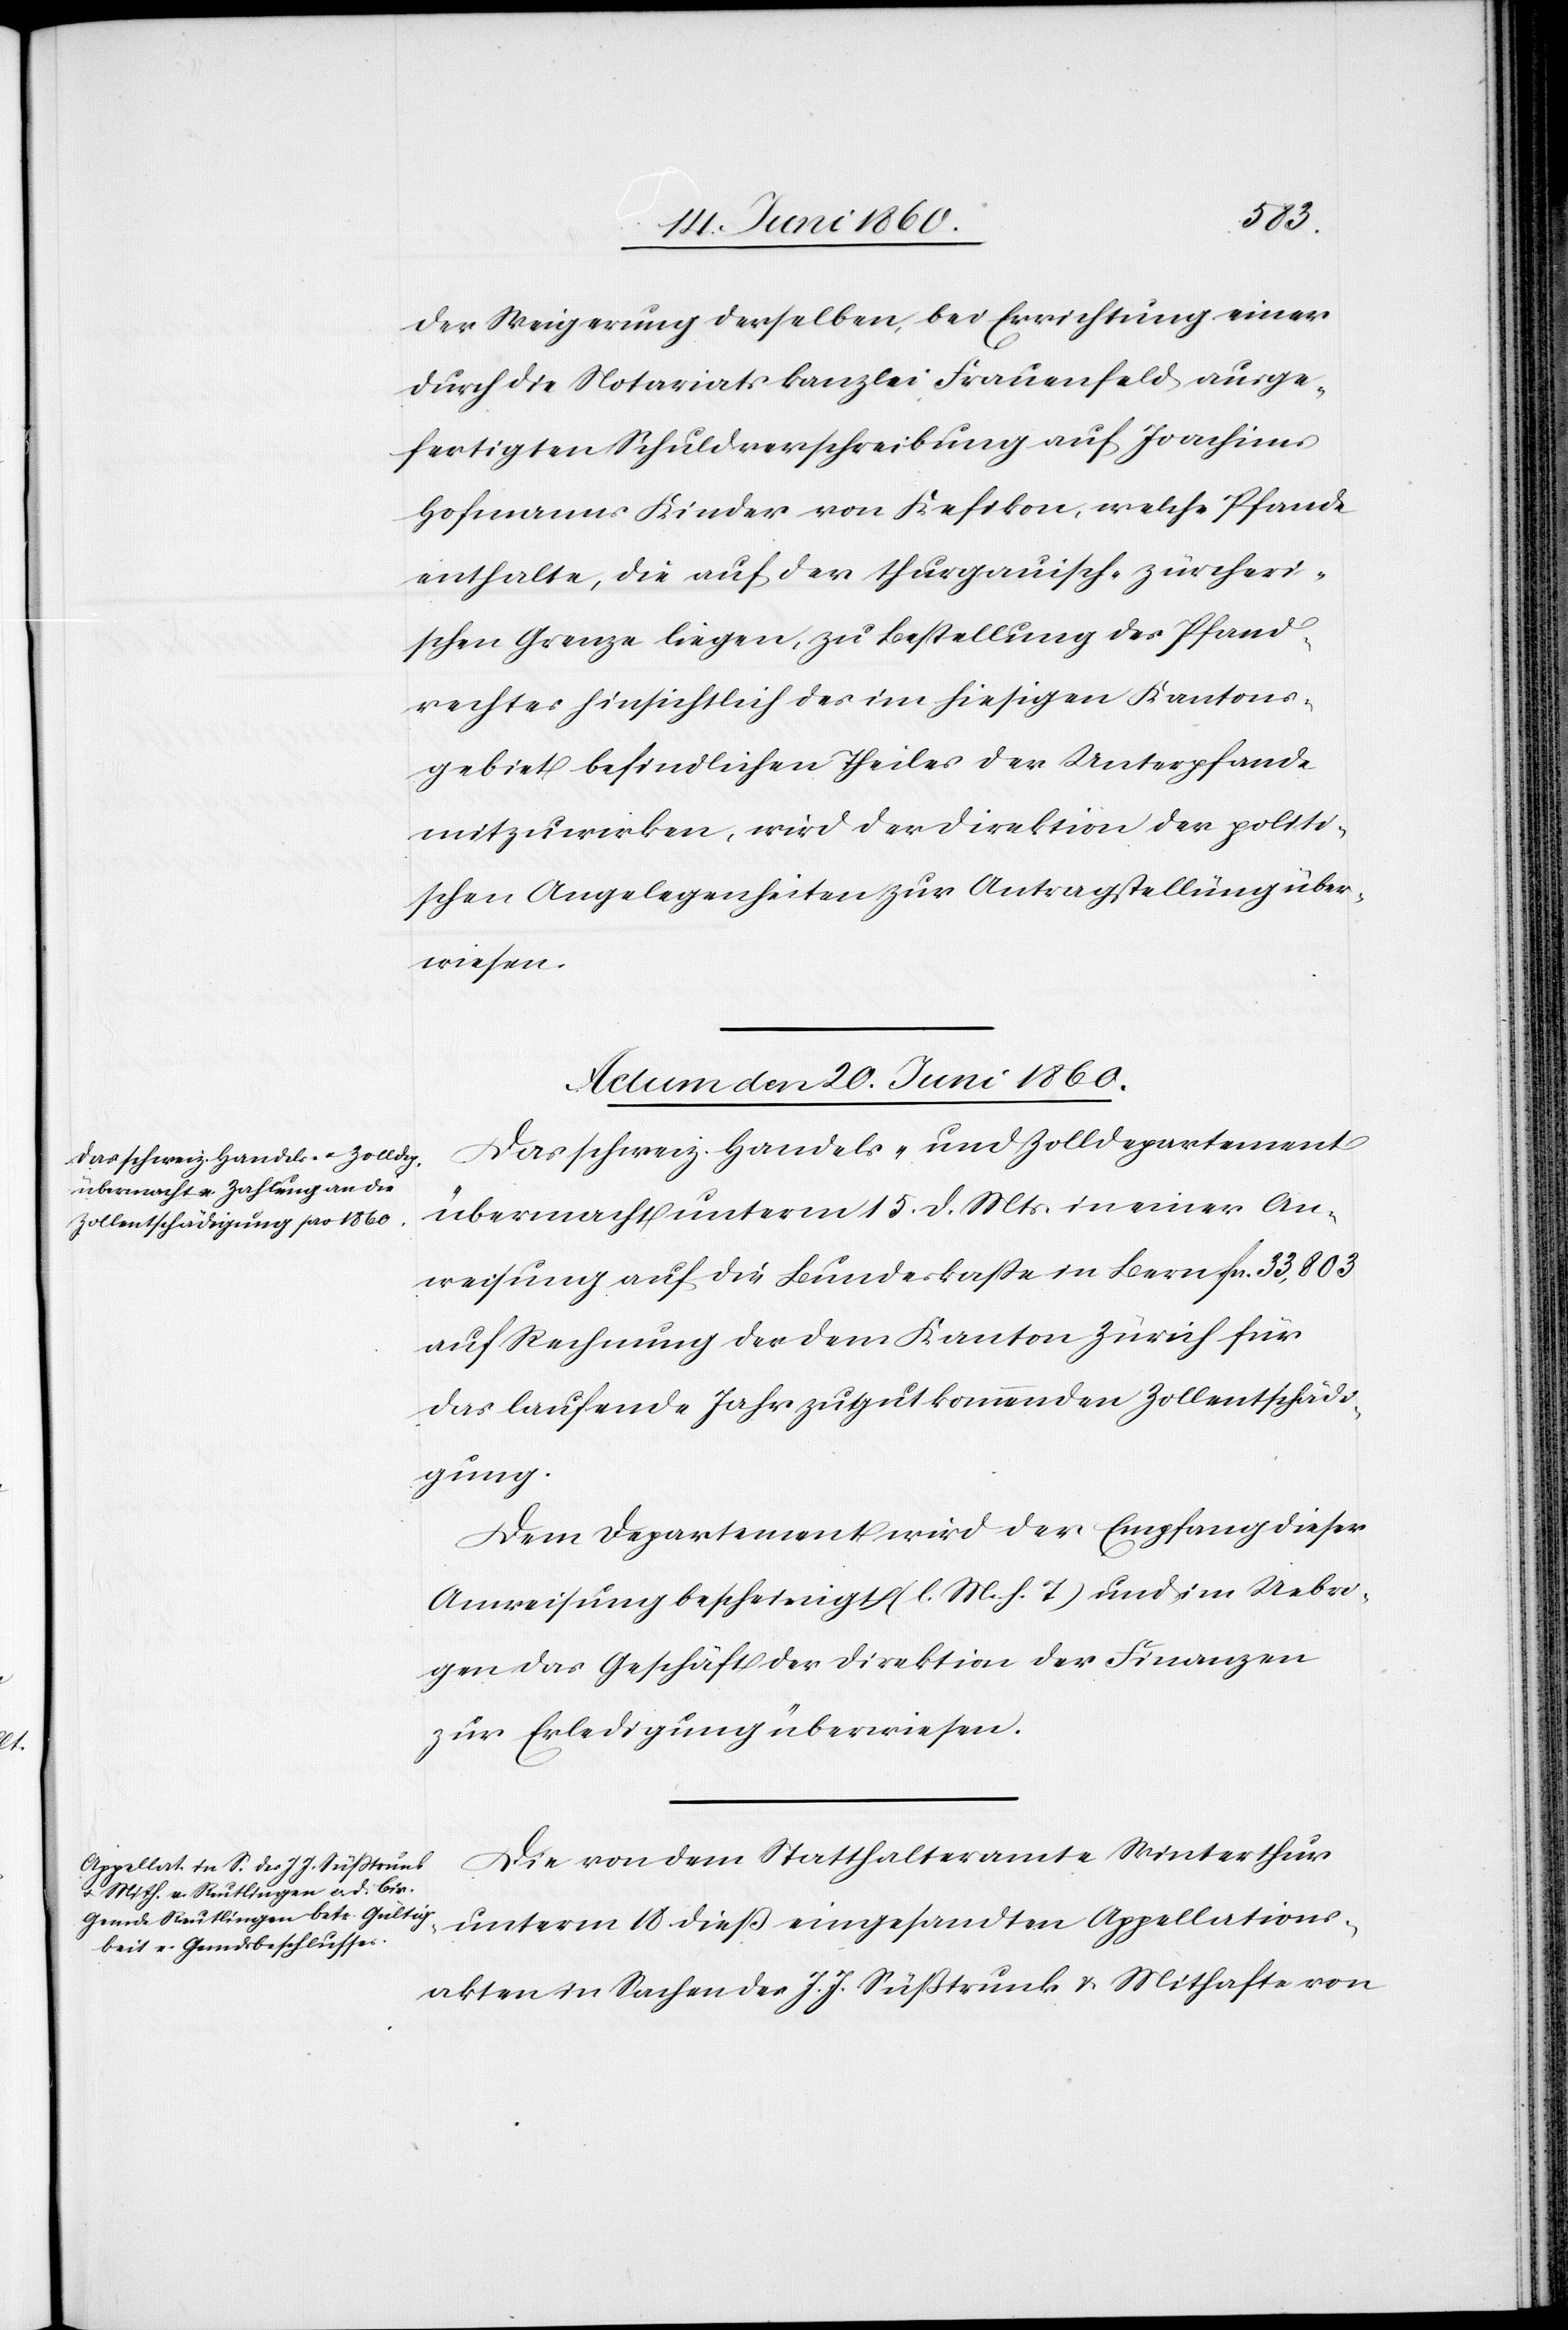
der Weigerung derselben, bei Errichtung einer
durch die Notariatskanzlei Frauenfeld ausge¬
fertigten Schulverschreibung auf Joachim
Hofmanns Kinder von Kefikon, welche Pfande
enthalte, die auf der thurgauisch-zürcheri¬
schen Grenze liegen, zu Bestellung des Pfand¬
rechtes hinsichtlich des im hiesigen Kantons¬
gebiet befindlichen Theiles der Unterpfande
mitzuwirken, wird der Direktion der politi¬
schen Angelegenheiten zur Antragstellung über¬
wiesen.
Actum den 20. Juni 1860.]
Das schweiz. Handels- und Zolldepartement
übermacht unterm 15. d. Mts. in einer An¬
weisung auf die Bundeskasse in Bern fcs. 33,803
auf Rechnung der dem Kanton Zürich für
das laufende Jahr zugutkommenden Zollentschädi¬
gung.
Dem Departement wird der Empfang dieser
Anweisung bescheinigt. (l. M. h. T) und im Uebri¬
gen das Geschäft der Direktion der Finanzen
zur Erledigung überwiesen.
Die von dem Statthalteramte Winterthur
unterm 18. diess eingesandten Appellations¬
akten in Sachen des J. J. Süßtrunk u. Mithafte von